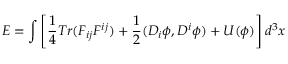
E = \int \left[ \frac { 1 } { 4 } T r ( F _ { i j } F ^ { i j } ) + \frac { 1 } { 2 } ( D _ { i } \phi , D ^ { i } \phi ) + U ( \phi ) \right] d ^ { 3 } x